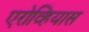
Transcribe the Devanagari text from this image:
एरोव्हियास